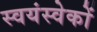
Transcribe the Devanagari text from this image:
स्वयंस्वेकों